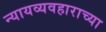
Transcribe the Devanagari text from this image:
न्यायव्यवहाराच्या